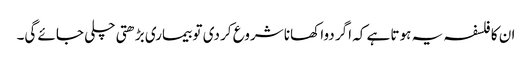
ان کا فلسفہ یہ ہوتا ہے کہ اگر دوا کھانا شروع کر دی تو بیماری بڑھتی چلی جائے گی۔